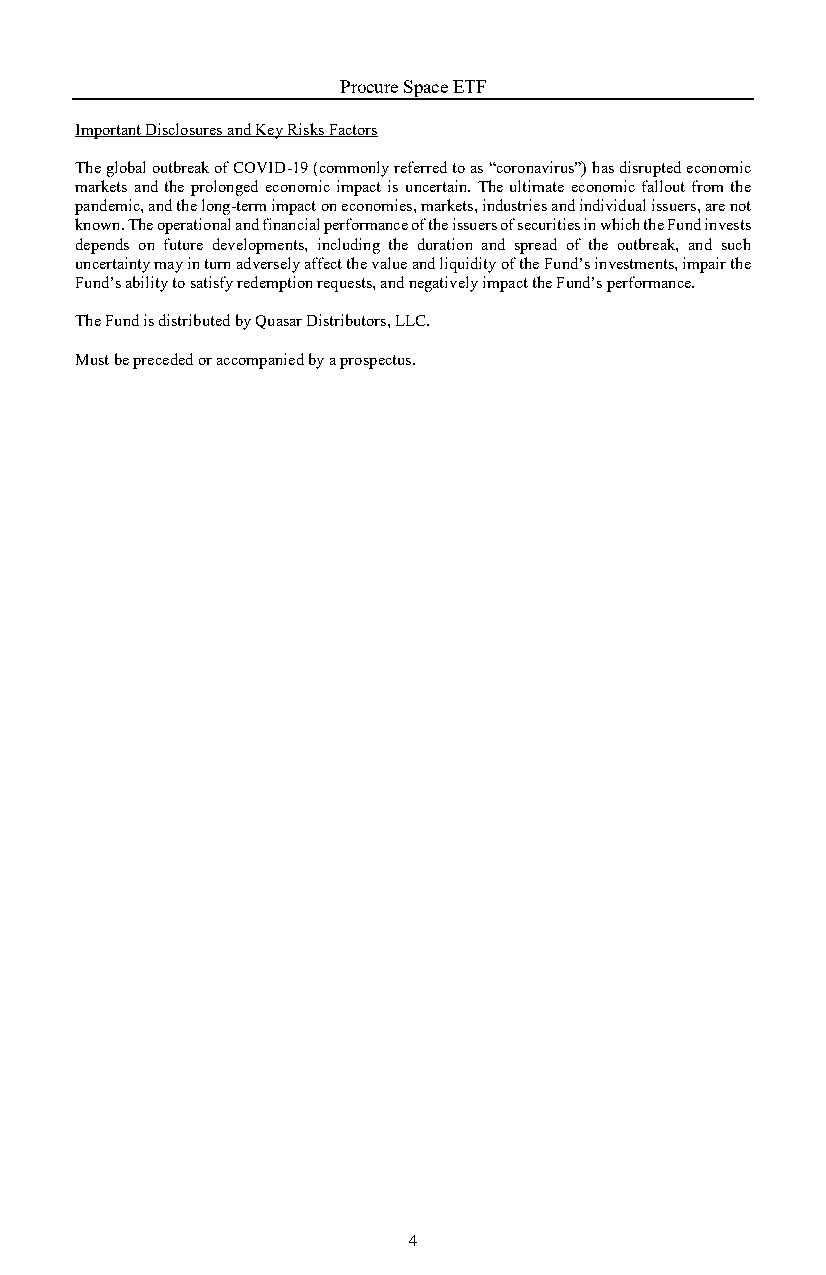
Procure Space ETF
 Important Disclosures and Key Risks Factors
 The global outbreak of COVID-19 (commonly referred to as “coronavirus”) has disrupted economic
 markets and the prolonged economic impact is uncertain. The ultimate economic fallout from the
 pandemic, and the long-term impact on economies, markets, industries and individual issuers, are not
 known. The operational and financial performance of the issuers of securities in which the Fund invests
 depends on future developments, including the duration and spread of the outbreak, and such
 uncertainty may in turn adversely affect the value and liquidity of the Fund’s investments, impair the
 Fund’s ability to satisfy redemption requests, and negatively impact the Fund’s performance.
 The Fund is distributed by Quasar Distributors, LLC.
 Must be preceded or accompanied by a prospectus.
 4